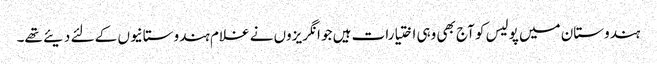
ہندوستان میں پولیس کو آج بھی وہی اختیارات ہیں جو انگریزوں نے غلام ہندوستانیوں کے لئے دیئے تھے۔